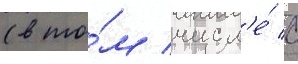
(в то́м числ'е́ с